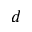
d